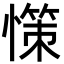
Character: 憡